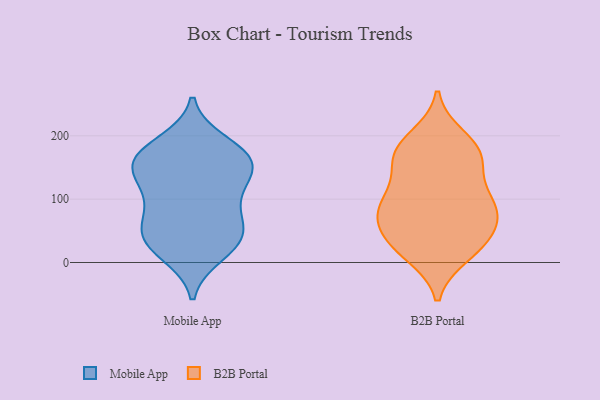
{"axis": {"x": "Inventory Turnover", "y": "Value"}, "legend": ["B2B Portal", "Mobile App"], "data": [{"x": "", "y": 123, "type": "Mobile App"}, {"x": "", "y": 43, "type": "Mobile App"}, {"x": "", "y": 96, "type": "Mobile App"}, {"x": "", "y": 45, "type": "Mobile App"}, {"x": "", "y": 157, "type": "Mobile App"}, {"x": "", "y": 151, "type": "Mobile App"}, {"x": "", "y": 98, "type": "Mobile App"}, {"x": "", "y": 35, "type": "Mobile App"}, {"x": "", "y": 158, "type": "Mobile App"}, {"x": "", "y": 13, "type": "Mobile App"}, {"x": "", "y": 181, "type": "Mobile App"}, {"x": "", "y": 66, "type": "Mobile App"}, {"x": "", "y": 54, "type": "Mobile App"}, {"x": "", "y": 159, "type": "Mobile App"}, {"x": "", "y": 20, "type": "Mobile App"}, {"x": "", "y": 132, "type": "Mobile App"}, {"x": "", "y": 167, "type": "Mobile App"}, {"x": "", "y": 189, "type": "Mobile App"}, {"x": "", "y": 103, "type": "B2B Portal"}, {"x": "", "y": 71, "type": "B2B Portal"}, {"x": "", "y": 138, "type": "B2B Portal"}, {"x": "", "y": 79, "type": "B2B Portal"}, {"x": "", "y": 24, "type": "B2B Portal"}, {"x": "", "y": 171, "type": "B2B Portal"}, {"x": "", "y": 39, "type": "B2B Portal"}, {"x": "", "y": 168, "type": "B2B Portal"}, {"x": "", "y": 96, "type": "B2B Portal"}, {"x": "", "y": 197, "type": "B2B Portal"}, {"x": "", "y": 171, "type": "B2B Portal"}, {"x": "", "y": 177, "type": "B2B Portal"}, {"x": "", "y": 13, "type": "B2B Portal"}, {"x": "", "y": 93, "type": "B2B Portal"}, {"x": "", "y": 23, "type": "B2B Portal"}, {"x": "", "y": 50, "type": "B2B Portal"}, {"x": "", "y": 80, "type": "B2B Portal"}]}